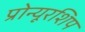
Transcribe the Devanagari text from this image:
प्रोन्‍यूरशिप